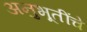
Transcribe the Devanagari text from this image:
अनुभूतींचे